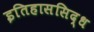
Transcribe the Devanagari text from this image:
इतिहाससिद्ध